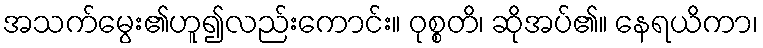
အသက်မွေး၏ဟူ၍လည်းကောင်း။ ဝုစ္စတိ၊ ဆိုအပ်၏။ နေရယိကာ၊